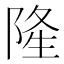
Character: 隆